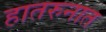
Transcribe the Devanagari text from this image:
हातरुनात